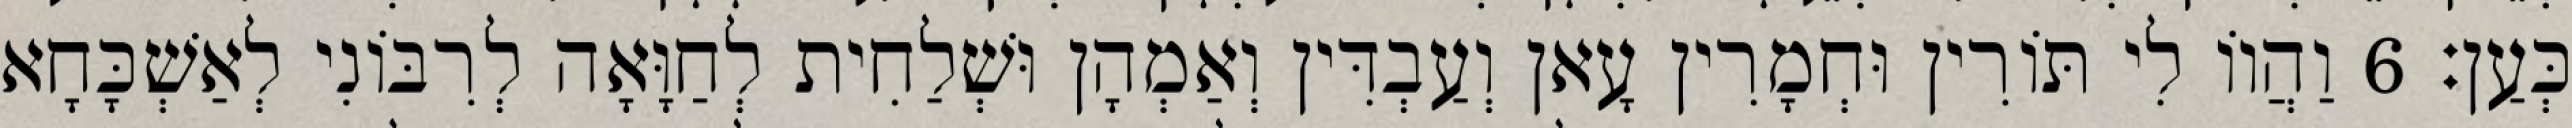
כְּעַן׃ 6 וַהֲווֹ לִי תּוֹרִין וּחְמָרִין עָאן וְעַבְדִּין וְאַמְהָן וּשְׁלַחִית לְחַוָּאָה לְרִבּוֹנִי לְאַשְׁכָּחָא